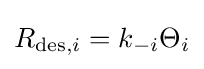
R_{\mathrm {des} ,i}=k_{-i}\Theta _{i}